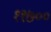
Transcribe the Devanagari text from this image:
११७००